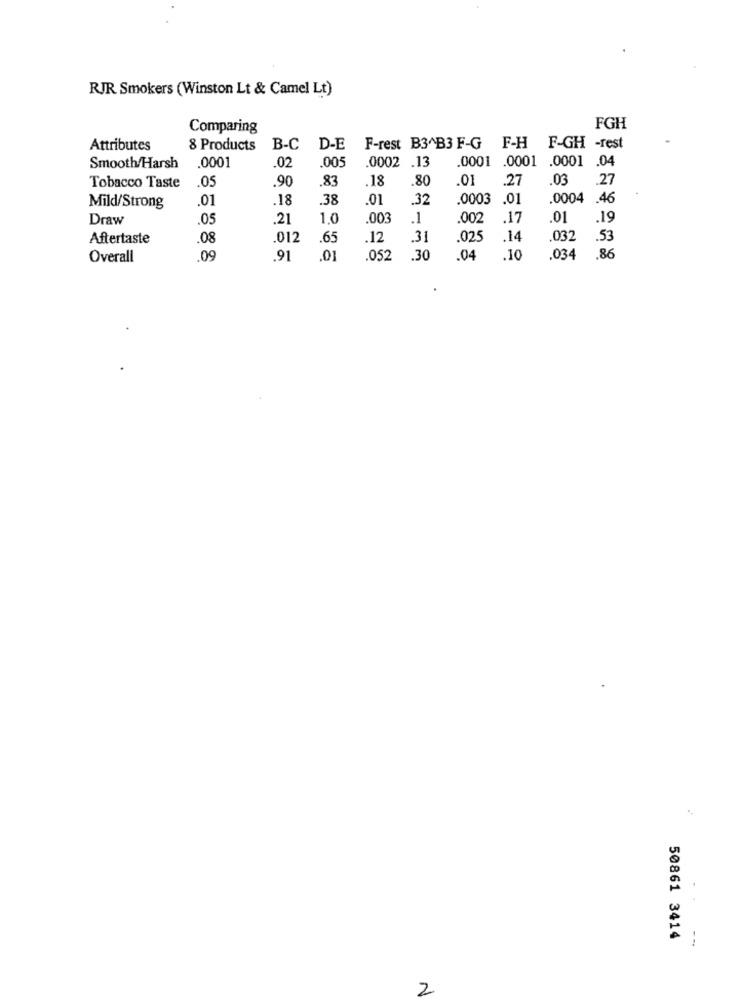
RJR Smokers (Winston Lt & Camel Lt)
Comparing
FGH
Attributes
8 Products
B-C
D-E
F-rest B3^B3 F-G F-H F-GH -rest
.005
.0001 .0001 .0001 .04
Smooth/Harsh
.0001
02
.0002 .13
.90
.83
.18
.80
.01
.27
03
.27
Tobacco Taste
05
.01
.18
38
.01
32
.0003 .01
.0004
.46
Mild/Strong
Draw
05
.21
1.0
.003
.1
.002
17
.01
.19
Aftertaste
08
012
.65
.12
.31
.025
14
.032
.53
Overall
.09
.91
.01
052
.30
.04
.10
.034
.86
50861 3414
--.
2